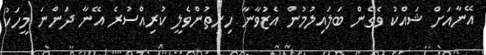
އޭނާއަށް ޝައްކު ވެގެން ބަލައިލުމުން އެޒުވާނާ ހިނިތުންވެލީ ކުރިއްސުރެ އޭނާ ދަންނަ މީހަކު